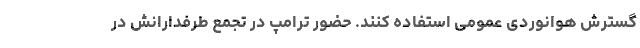
گسترش هوانوردی عمومی استفاده کنند. حضور ترامپ در تجمع طرفدارانش در